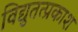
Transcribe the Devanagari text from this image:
विद्युतत्प्रकाश